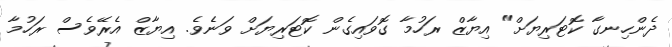
ދެންހިނގާ ކޮޓަރިޔަށް" އިޔާޒް ރަހުމާ ގޮވައިގެން ކޮޓަރިޔަށް ވަނެވެ. އިޔާޒް އެރޭވެސް ރަހުމާ